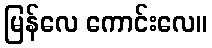
မြန်လေ ကောင်းလေ။